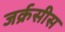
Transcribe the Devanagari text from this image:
जर्क्रसीस